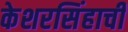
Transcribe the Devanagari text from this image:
केशरसिंहाची